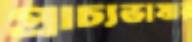
প্রাচ্যভাষার